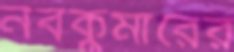
নবকুমারের